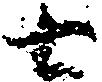
七